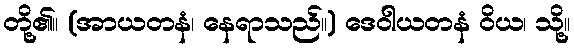
တို့၏။ (အာယတနံ၊ နေရာသည်။) ဒေဝါယတနံ ဝိယ၊ သို့။